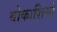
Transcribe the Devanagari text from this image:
बोकाशियो